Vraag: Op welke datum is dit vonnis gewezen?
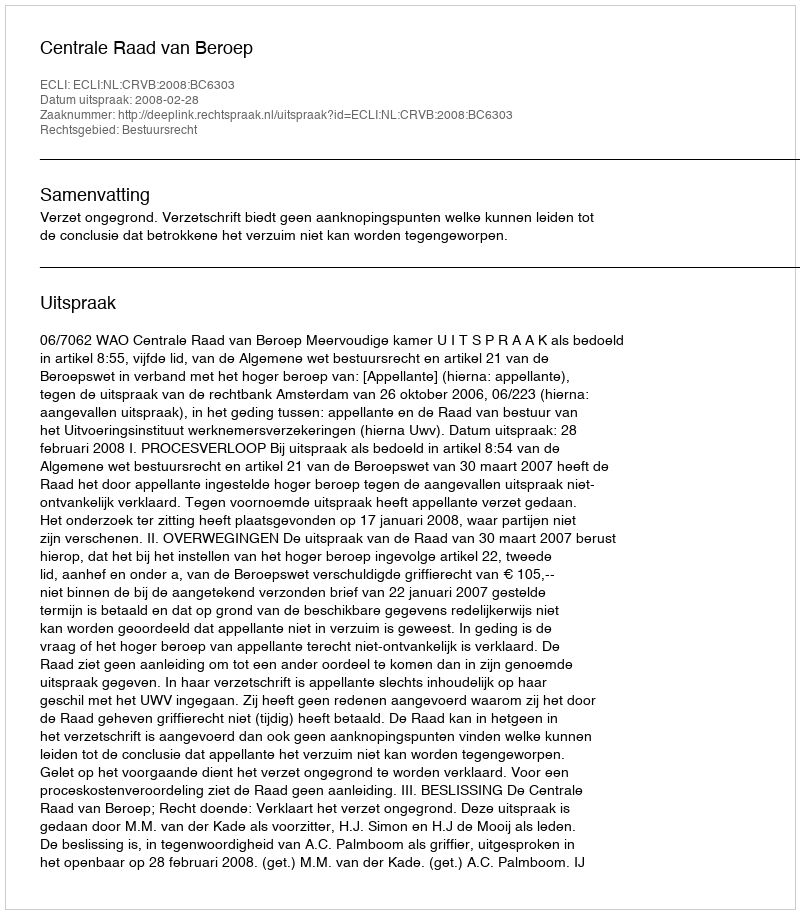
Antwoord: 2008-02-28